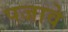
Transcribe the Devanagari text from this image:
पजावे